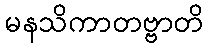
မနသိကာတဗ္ဗာတိ